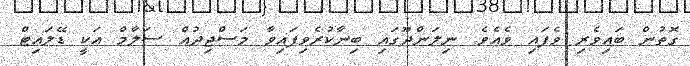
ގޮތުން ބައިވެރި ވެފައި ވެއެވެ. ނިލަންދޫގައި ބިނާކުރެވިފައިވާ މަސްޖިދުއް ސަލާމް އަކީ ޑޭލައިޓް